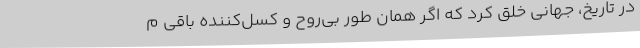
در تاریخ، جهانی خلق کرد که اگر همان طور بی‌روح و کسل‌کننده باقی م